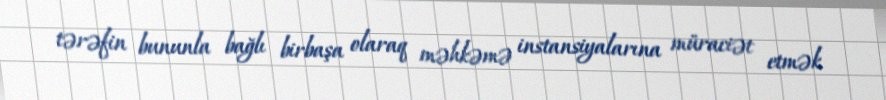
tərəfin bununla bağlı birbaşa olaraq məhkəmə instansiyalarına müraciət etmək